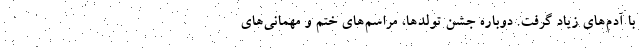
با آدم‌های زیاد گرفت. دوباره جشن تولدها، مراسم‌های ختم و مهمانی‌های